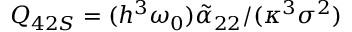
Q _ { 4 2 S } = ( h ^ { 3 } \omega _ { 0 } ) \tilde { \alpha } _ { 2 2 } / ( \kappa ^ { 3 } \sigma ^ { 2 } )